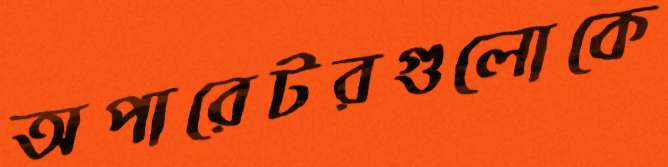
অপারেটরগুলোকে